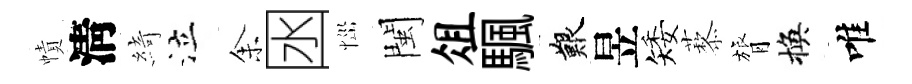
幘淸綺泣𪜬囦𢙉閩俎颿艱昱矮藜膂換唯